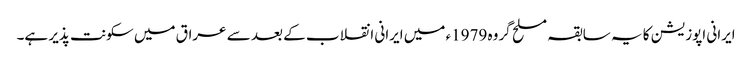
ایرانی اپوزیشن کا یہ سابقہ مسلح گروہ 1979ء میں ایرانی انقلاب کے بعد سے عراق میں سکونت پذیر ہے۔